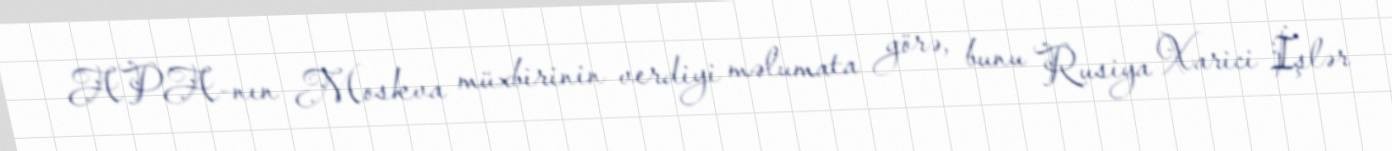
APA-nın Moskva müxbirinin verdiyi məlumata görə, bunu Rusiya Xarici İşlər